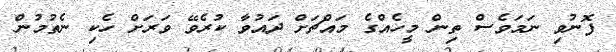
ފޮނުވި ނަމަވެސް ތިން މީހެއްގެ މައްޗަށް ދައުވާ ކުރެވޭ ވަރަށް ހެކި ނެތުމުން